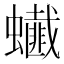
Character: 𧔒